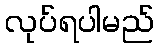
လုပ်ရပါမည်